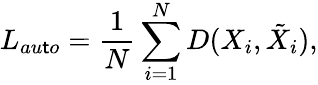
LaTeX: L_{au\mathsf{t}o}=\frac{{1}}{{N}}\sum_{i=1}^{N}{D(X_{i},\tilde{{X}}_{i})},